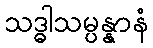
သဒ္ဓါသမ္ပန္နာနံ